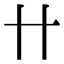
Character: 卄